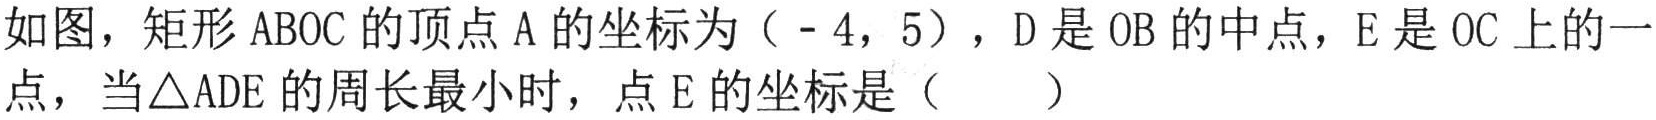
如图，矩形$\text{ABOC}$的顶点$\text{A}$的坐标为（$-4$，$5$），$\text{D}$是$\text{OB}$的中点，$\text{E}$是$\text{OC}$上的一点，当$\triangle\text{ADE}$的周长最小时，点$\text{E}$的坐标是（  ）